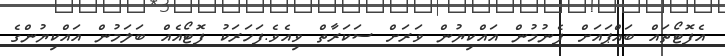
އެފޮޓޯތައް ބައްޕައަށް ފެނުމުން އައްކިޔުން ވަރަށް ސަކަރާތް ވިއެވެ.ފަހަރަކު ފޮޓޯއެއް ބަލަމުން އައްކިޔުންގެ